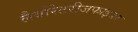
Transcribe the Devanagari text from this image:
लैबोरेटरीजफाइजर